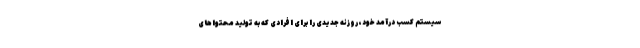
سیستم کسب درآمد خود، روزنه جدیدی را برای افرادی که به تولید محتواهای